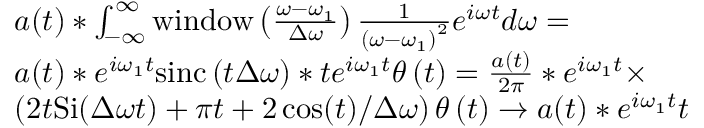
\begin{array} { r l } & { a ( t ) * \intop _ { - \infty } ^ { \infty } \mathrm { w i n d o w } \left( \frac { \omega - \omega _ { 1 } } { \Delta \omega } \right) \frac { 1 } { \left( \omega - \omega _ { 1 } \right) ^ { 2 } } e ^ { i \omega t } d \omega = } \\ & { a ( t ) * e ^ { i \omega _ { 1 } t } \mathrm { s i n c } \left( t \Delta \omega \right) * t e ^ { i \omega _ { 1 } t } \theta \left( t \right) = \frac { a ( t ) } { 2 \pi } * e ^ { i \omega _ { 1 } t } \times } \\ & { \left( 2 t \mathrm { S i } ( \Delta \omega t ) + \pi t + 2 \cos ( t ) / \Delta \omega \right) \theta \left( t \right) \rightarrow a ( t ) * e ^ { i \omega _ { 1 } t } t } \end{array}